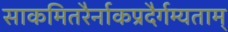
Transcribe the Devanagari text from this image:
साकमितरैर्नाकप्रदैर्गम्यताम्